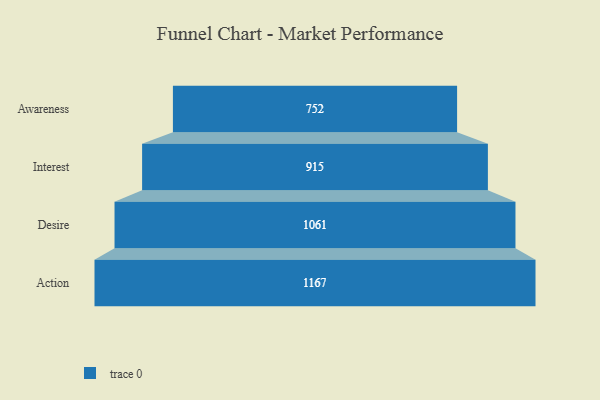
{"axis": {"x": "Stage", "y": "Value"}, "legend": [""], "data": [{"x": "Awareness", "y": 752.0, "type": ""}, {"x": "Interest", "y": 915.0, "type": ""}, {"x": "Desire", "y": 1061.0, "type": ""}, {"x": "Action", "y": 1167.0, "type": ""}]}